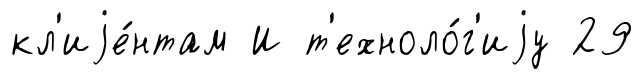
кл'иjе́нтам И т'ехноло́г'иjу 29